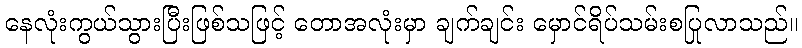
နေလုံးကွယ်သွားပြီးဖြစ်သဖြင့် တောအလုံးမှာ ချက်ချင်း မှောင်ရိပ်သမ်းစပြုလာသည်။